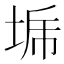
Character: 𰉳